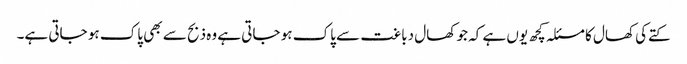
کتےکی کھال کا مسئلہ کچھ یوں ہے کہ جو کھال دباغت سے پاک ہو جاتی ہے وہ ذبح سے بھی پاک ہو جاتی ہے۔